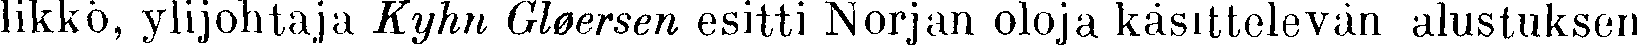
likkö, ylijohtaja Kyhn Gløersen esitti Norjan oloja käsittelevän alustuksen